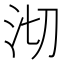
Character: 沏